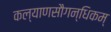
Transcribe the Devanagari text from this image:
कल्याणसौगन्धिकम्